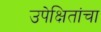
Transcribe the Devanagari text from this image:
उपेक्षितांचा